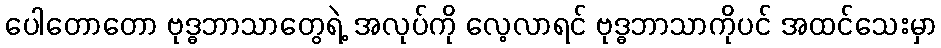
ပေါတောတော ဗုဒ္ဓဘာသာတွေရဲ့ အလုပ်ကို လေ့လာရင် ဗုဒ္ဓဘာသာကိုပင် အထင်သေးမှာ